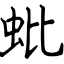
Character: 蚍